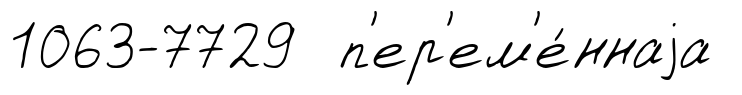
1063-7729 п'ер'ем'е́ннаjа